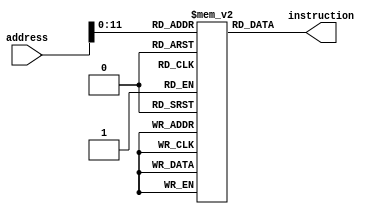
`timescale 1ns/1ns
module insMem (address, instruction);
  input [31:0] address;
  output [31:0] instruction;
  reg [31:0] iMemory [0:4095];
  assign instruction = iMemory[address[11:0]];
  initial begin
    //iMemory[0] = 32'b10001100000000010000000000000001; //lw R1 = address 1
    //iMemory[1] = 32'b10001100000000100000000000000010; //lw R2 = address 2
    //iMemory[2] = 32'b10001100000000110000000000000011; //lw R3 = address 3
    //iMemory[3] = 32'b10001100000001000000000000000101; //lw R4 = address 5
    //iMemory[4] = 32'b10001100000001110000000000000001; //lw R7 = address 1
    //iMemory[5] = 32'b00000000111000100101000000100000; // R10 = R7 + R2
    //iMemory[6] = 32'b00000001010001110100100000100000; // R9 = R10 + R7
    //iMemory[7] = 32'b10001100000001000000000000000001; // lw R4 = address 1
    //iMemory[8] = 32'b00000000000000000000000000000000; //nop
    //iMemory[9] = 32'b00000000000000000000000000000000; //nop
    //iMemory[10] = 32'b00010000001001000000000000001010; // beq R1, R4, 10
    // iMemory[7] = 32'b00000000001000100100000000100000; // R8 = R1 + R2
    // iMemory[8] = 32'b00000000001000100100100000100000; // R9 = R1 + R2
    iMemory[0]  = 32'b10001100000000010000001110000100;
    iMemory[1]  = 32'b10001100000000100000001110000101;
    iMemory[2]  = 32'b10001100000000110000001110000110;
    iMemory[3]  = 32'b10001100001001010000000000000000;
    iMemory[4]  = 32'b00010000001000100000000000001000;
    iMemory[5]  = 32'b00000000011000010000100000100000;
    iMemory[6]  = 32'b10001100001001000000000000000000;
    iMemory[7]  = 32'b00000000101001000011000000101010;
    iMemory[8]  = 32'b00000000000000000000000000000000;
    iMemory[9]  = 32'b00010000000001100000000000000001;
    iMemory[10] = 32'b00000000000001000010100000100000;
    iMemory[11] = 32'b00000000001000110000100000100000;
    iMemory[12] = 32'b00001000000000000000000000000100;
    
   
  end
endmodule